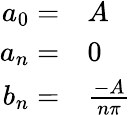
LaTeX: \begin{array}{rl}{a_{0}=}&{{}A}\\ {a_{n}=}&{{}0}\\ {b_{n}=}&{{}{\frac{-A}{n\pi}}}\end{array}